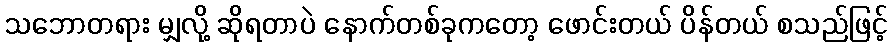
သဘောတရား မျှလို့ ဆိုရတာပဲ နောက်တစ်ခုကတော့ ဖောင်းတယ် ပိန်တယ် စသည်ဖြင့်